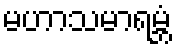
မဟာသမာရမ္ဘံ